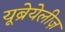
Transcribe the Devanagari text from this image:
यूब्रेयेलीज़